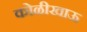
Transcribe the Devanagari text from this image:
कोळीखाऊ